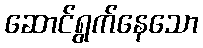
ဆောင်ရွက်နေသော